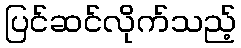
ပြင်ဆင်လိုက်သည့်